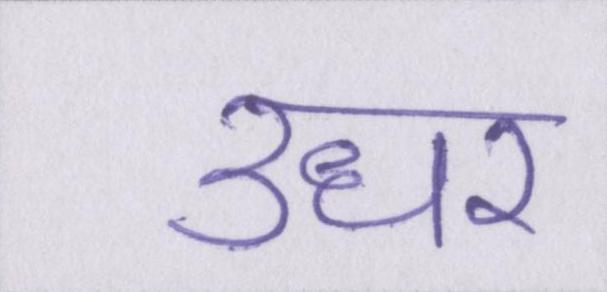
उधर